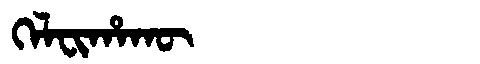
Manchu: ᡴᡝᠯᠸᡳᡥᠠᡴᡡ
Romanization: KELFIHAKŪ